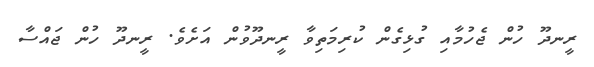
ރީނދޫ ހުން ޖެހުމާއި ގުޅިގެން ކުރިމަތިވާ ރީނދޫވުން އަށެވެ. ރީނދޫ ހުން ޖައްސާ